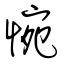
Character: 惋